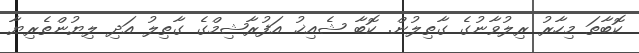
ކޮބާތަ މިހާރު ރިލުވާނުގެ ގާތިލުން. ކޮބާ ޝެއިޚު އަފުރާޝިމްގެ ގާތިލު އަދި ލިޔުންތެރިޔާ